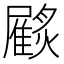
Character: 𩀲